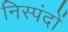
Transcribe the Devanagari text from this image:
निस्पंदों